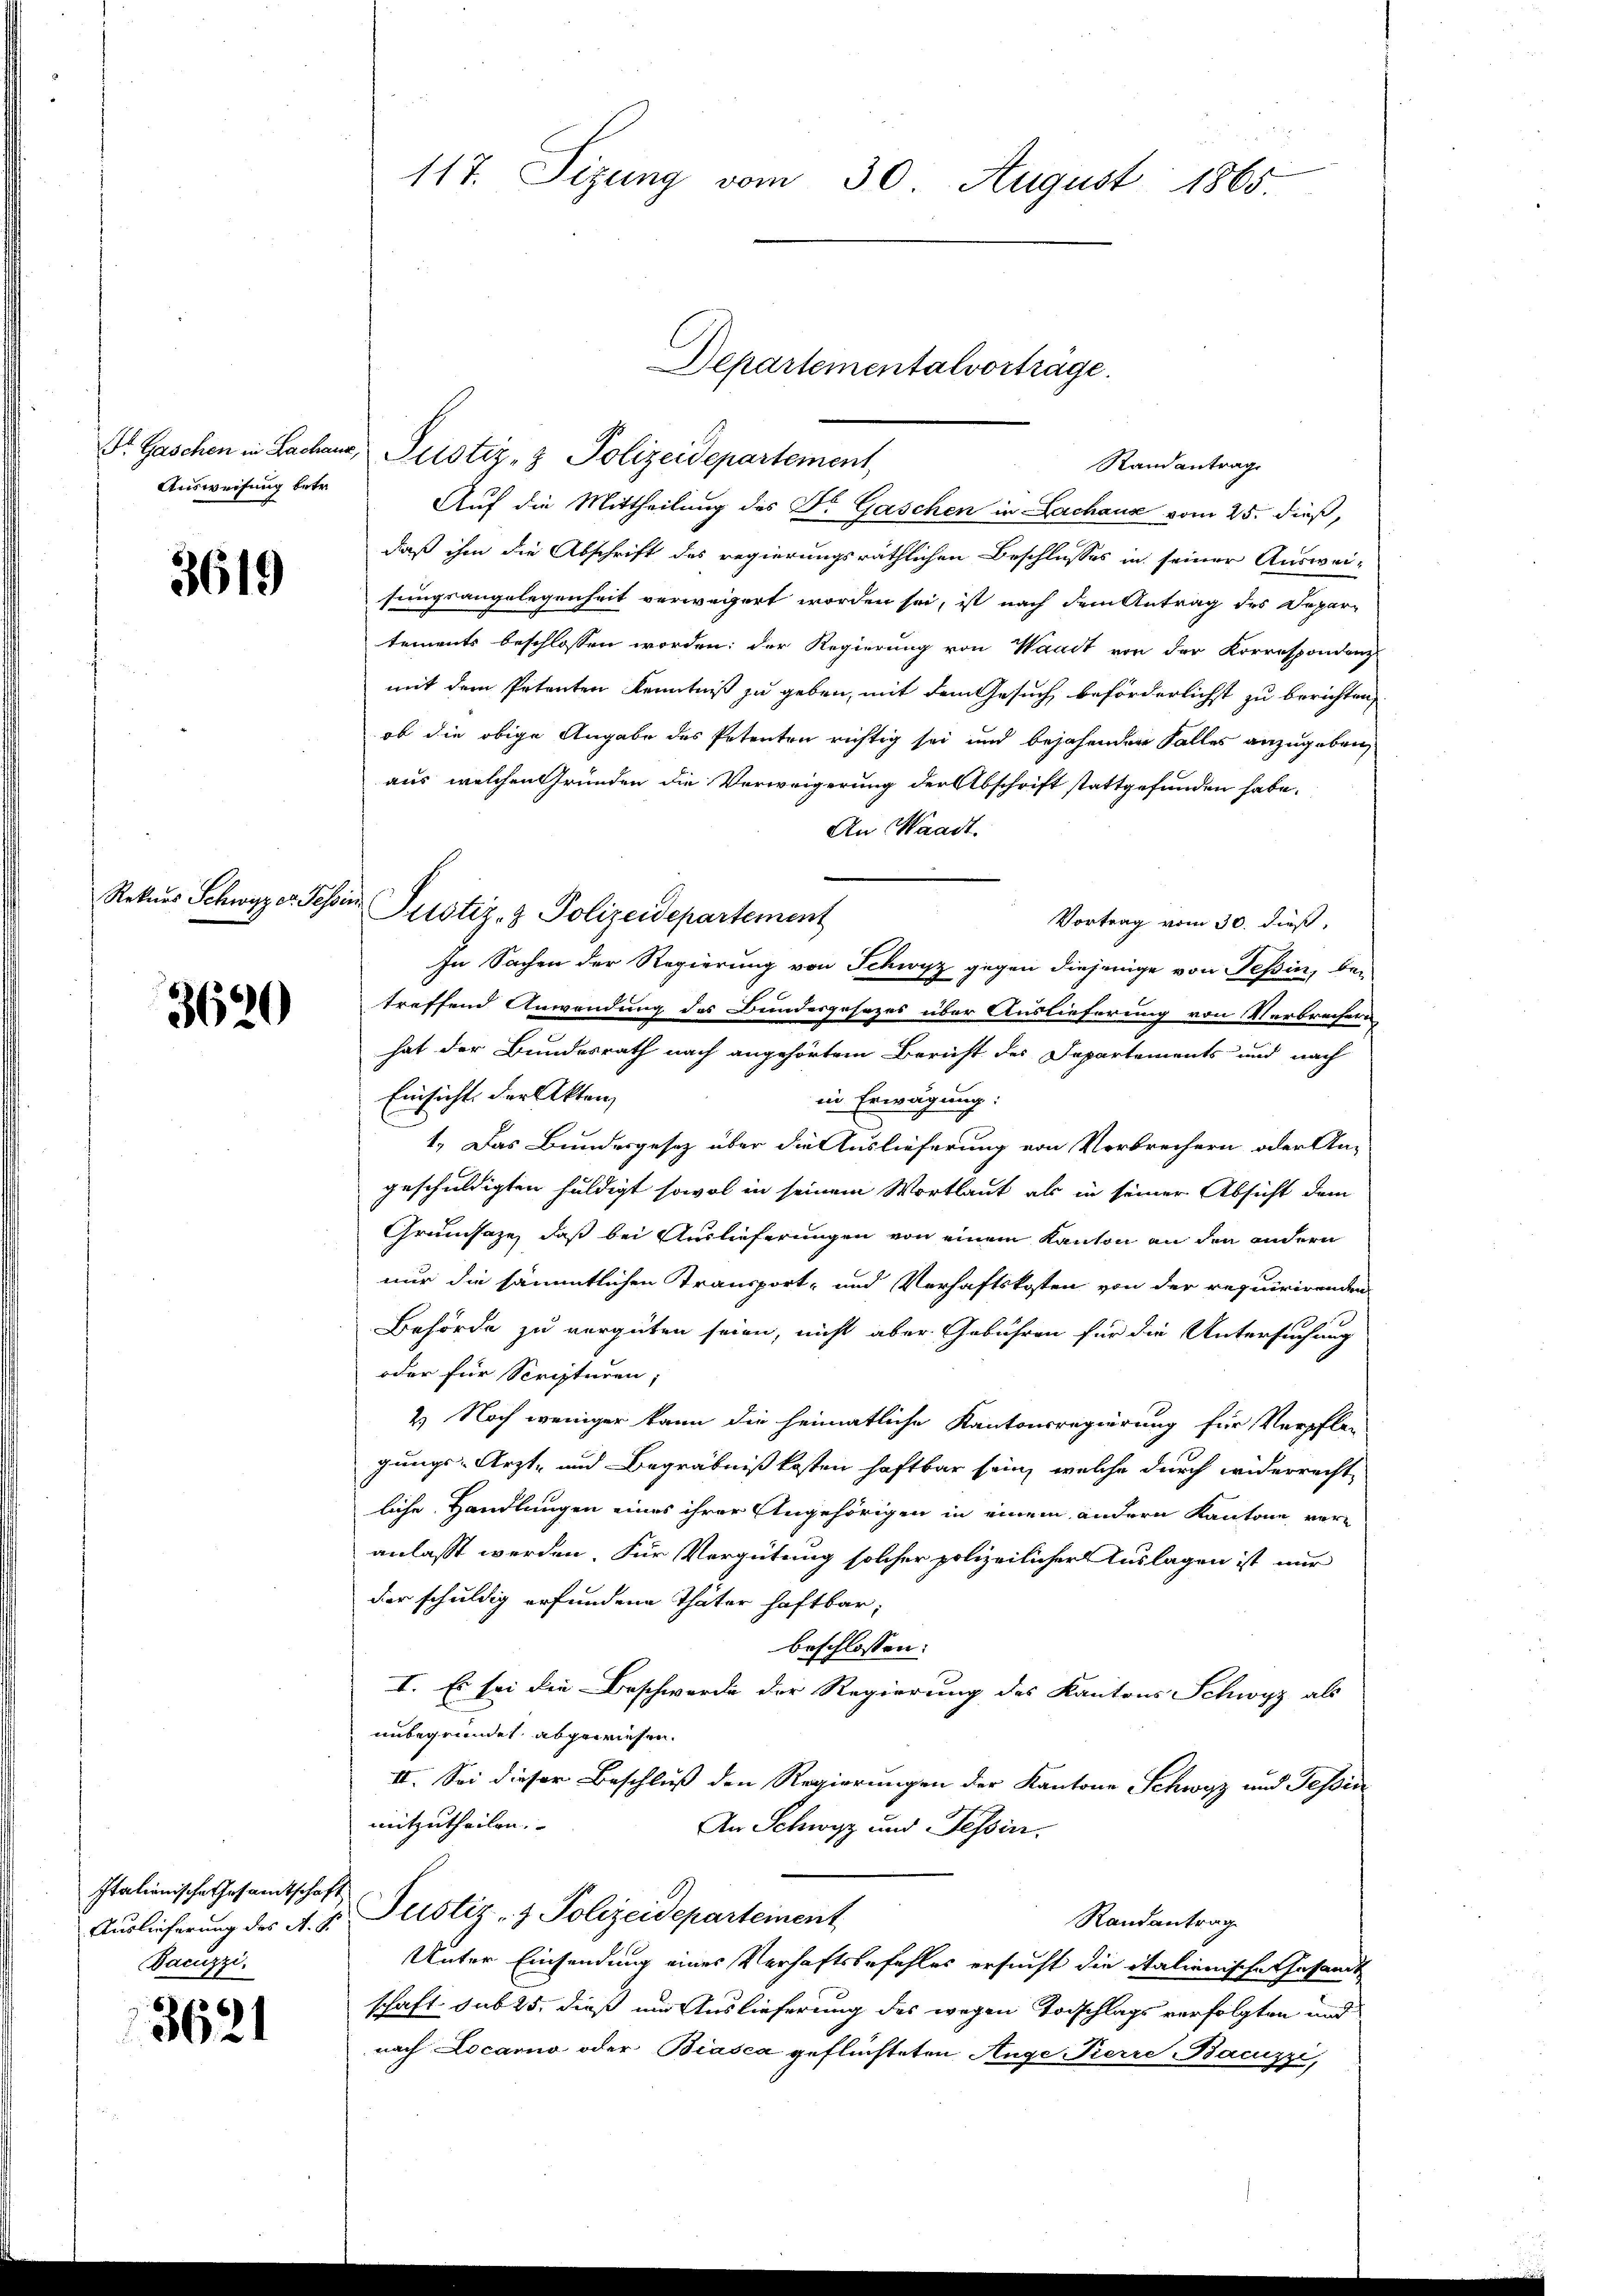
Ausweisung betr.

3619

Rekurs Schwyz er Tessin

3620

Italienische Gesamtschaft
Dacuzzi,

3621

St. Gaschen in Sachens, Pustiz- & Polizeidepartement,
Auf die Mittheilung des Dr. Gaschen in Lachaus vom 25. dieß,
daß ihm die Abschrift des regierungsräthlichen Beschlusses in seiner Ausweisungsangelegenheit verwegert worden sei, ist nach dem Antrag des Depar-
tements beschlossen worden; der Regierung von Waadt von der Korrespondenz
mit dem Petenten Kenntniß zu geben, mit dem Gesuch beförderlichst zu berichten,
ob die obige Angabe des Petenten richtig sei und bejahenden Falles anzugeben,
aus, welchen Gründen die Verweigerung der Abschrift stattgefunden habe.
An Waadt.
Vortrag vom 30. dieß,
In Sachen der Regierung von Schwyz gegen diejenige von Tessin, bei
treffend Anwendung des Bundesgesezes über Auslieferung von Verbrechen
hat der Bundesrath nach angehörtem Bericht des Departements und nach
Einsicht der Akten
in Erwägung:
1. Das Bundesgesetz über die Auslieferung von Verbrechern oder An-
geschuldigten huldigt sowol in seinem Wortlaut als in seiner Absicht dem
Grumsaze, daß bei Auslieferungen von einem Kanton an den andern
nur die sämmtlichen Transport- und Verhaftskosten von der requirirenden
Behörde zu vergüten seien, nicht aber Gebühren für die Untersuchung
oder für Scripturen;
2. Noch weniger kann die heimatliche Kantonsregierung für Verpfle-
gungs-Arzt- und Begräbnißkosten haftbar sein, welche durch widerrecht
liche Handlungen eines ihrer Angehörigen in einem andern Kantone veranlaßt werden. Für Vergütung solcher polizeilicher Auslagen ist nur
der schuldig erfundene Thäter haftbar;
beschlossen:
I. Es sei die Beschwerde der Regierung des Kantons Schwyz als
unbegründet abgewiesen.
II. Sei dieser Beschluß den Regierungen der Kantone Schwyz und Tessin
mitzutheilen.
An Schwyz und Tessin,
Auslieferung des A. H. Plistiz- & Polizeidepartement
Randantrag
Unter Einsendung eines Verhaftsbefehles ersucht die italienische Gesandt
schaft sub 25. dieß um Auslieferung des wegen Todschlags verfolgten und
nach Locarno oder Biasca geflüchteten Auge Pierre Bacuzzi,

Justiz- & Polizeidepartement

117. Sizung vom 30. August 1865

Departementalvortrage.

Randantrag.